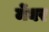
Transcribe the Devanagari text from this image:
मेंघर